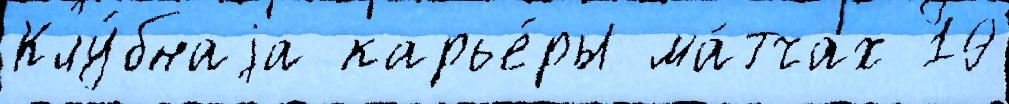
Клу́бнаjа карье́ры ма́тчах 19